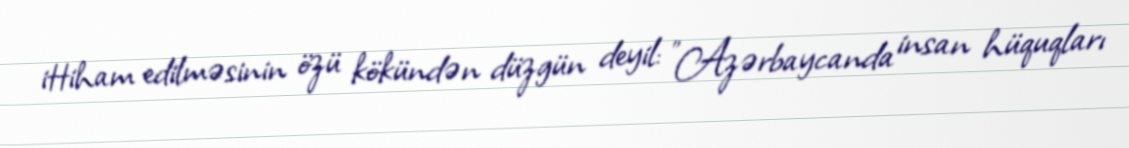
ittiham edilməsinin özü kökündən düzgün deyil: "Azərbaycanda insan hüquqları